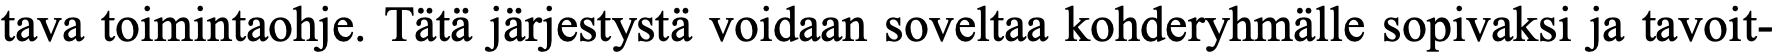
tava toimintaohje. Tätä järjestystä voidaan soveltaa kohderyhmälle sopivaksi ja tavoit-